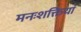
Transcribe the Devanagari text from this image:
मनःशक्तियां